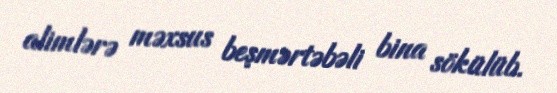
alimlərə məxsus beşmərtəbəli bina sökülüb.